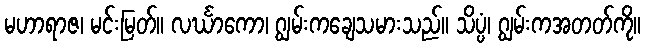
မဟာရာဇ၊ မင်းမြတ်။ လင်္ဃာကော၊ ဂျွမ်းကချေသမားသည်။ သိပ္ပံ၊ ဂျွမ်းကအတတ်ကို။